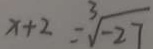
x + 2 = \sqrt [ 3 ] { - 2 7 }